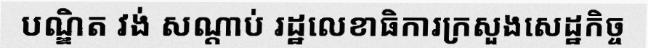
បណ្ឌិត វង់ សណ្តាប់ រដ្ឋលេខាធិការក្រសួងសេដ្ឋកិច្ច